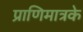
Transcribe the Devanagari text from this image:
प्राणिमात्रके